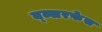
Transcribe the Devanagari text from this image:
ब्ब्सरफेस